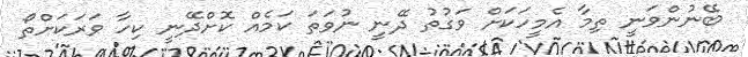
ބޭނުންވަނީ ތިމާ އެމީހަކަށް ވަގުތު ދޭނީ ނުވަތަ ކަމެއް ކޮށްދޭނީ ކިހާ ވަރަކަށްތޯ